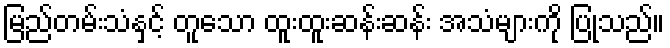
မြည်တမ်းသံနှင့် တူသော ထူးထူးဆန်းဆန်း အသံများကို ပြုသည်။